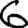
Digit: 6